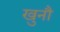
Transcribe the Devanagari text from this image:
खुनौ